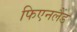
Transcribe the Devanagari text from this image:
फिएनलैंड